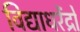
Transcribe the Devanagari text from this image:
विद्याधरेंद्रो